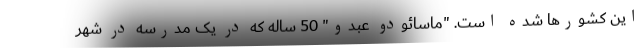
این کشورها شده است. "ماسائودو عبدو" 50 ساله که در یک مدرسه در شهر